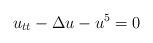
LaTeX: \begin{align*}u_{tt} -\Delta u - u^{5} =0\end{align*}